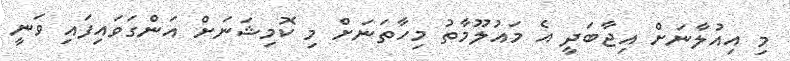
މި އިއުލާނަށް އިޖާބަދީ އެ މައުލޫމާތު މިހާތަނަށް މި ކޮމިޝަނަށް އަންގަވައިފައި ވަނީ